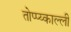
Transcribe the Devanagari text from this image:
तोप्प्य्काल्ली